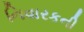
નિવારકની